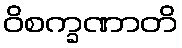
ဝိစက္ခဏာတိ